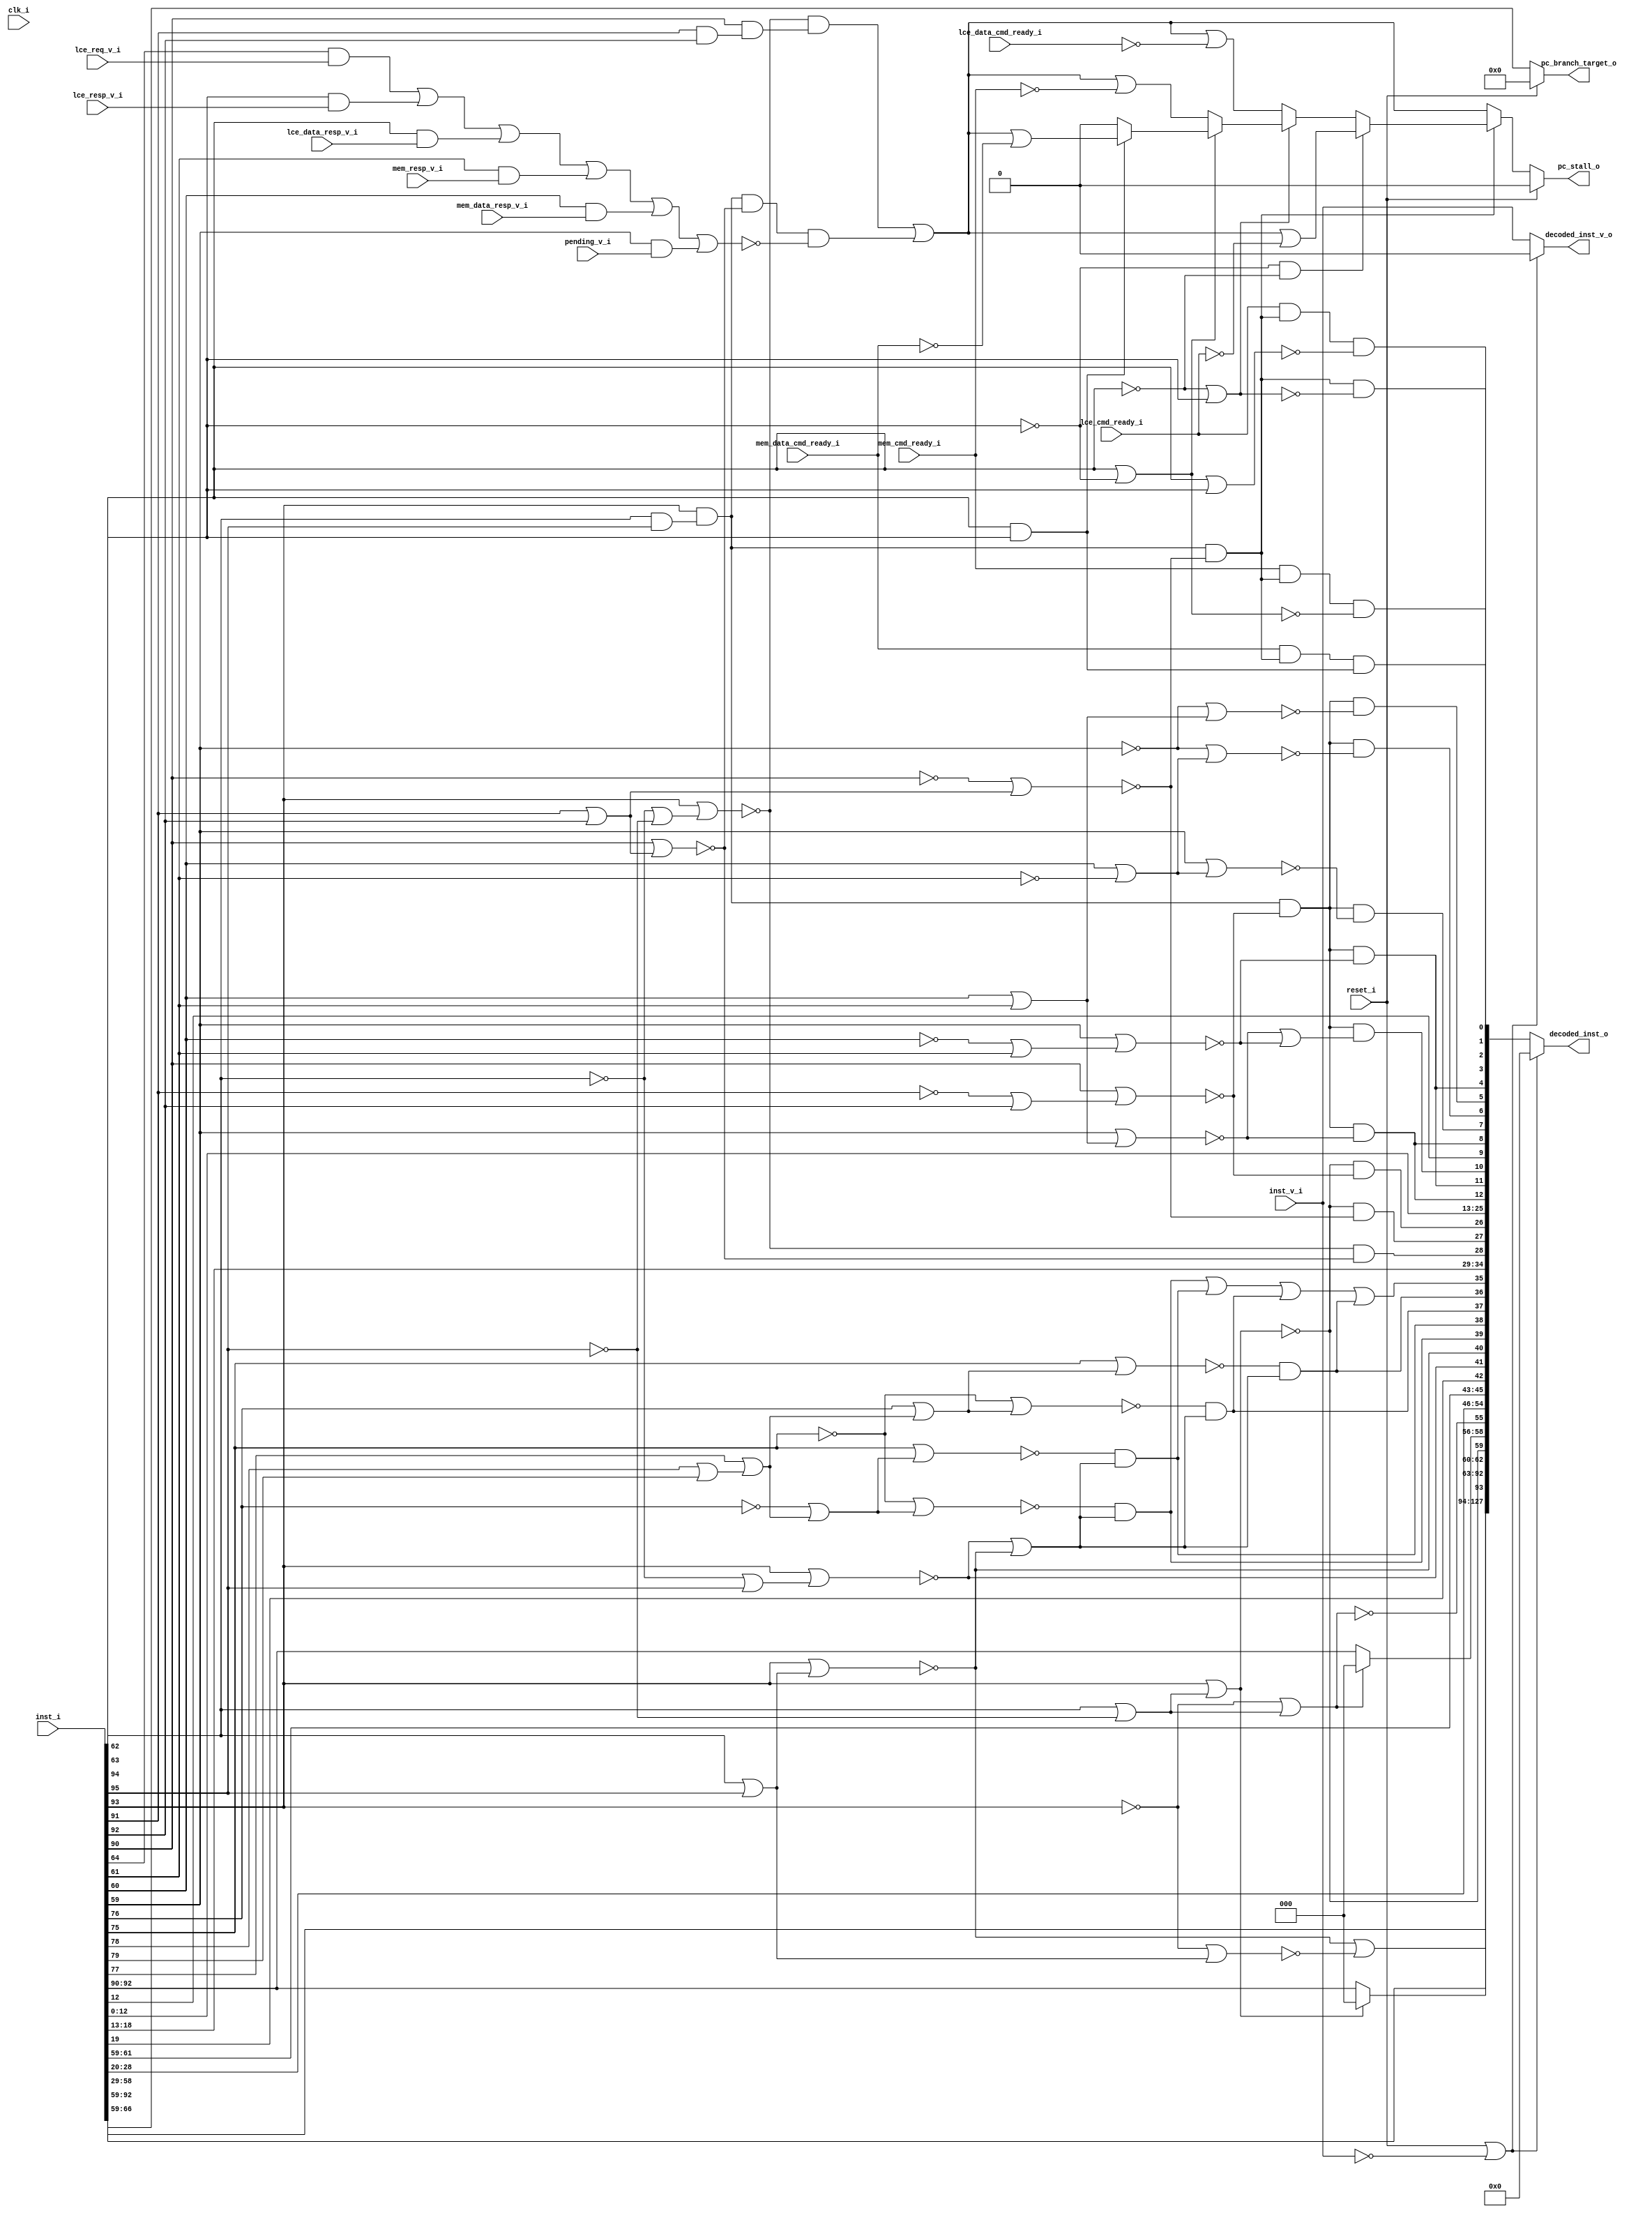
module bp_cce_inst_decode_inst_width_p96_inst_addr_width_p8
(
  clk_i,
  reset_i,
  inst_i,
  inst_v_i,
  lce_req_v_i,
  lce_resp_v_i,
  lce_data_resp_v_i,
  mem_resp_v_i,
  mem_data_resp_v_i,
  pending_v_i,
  lce_cmd_ready_i,
  lce_data_cmd_ready_i,
  mem_cmd_ready_i,
  mem_data_cmd_ready_i,
  decoded_inst_o,
  decoded_inst_v_o,
  pc_stall_o,
  pc_branch_target_o
);

  input [95:0] inst_i;
  output [127:0] decoded_inst_o;
  output [7:0] pc_branch_target_o;
  input clk_i;
  input reset_i;
  input inst_v_i;
  input lce_req_v_i;
  input lce_resp_v_i;
  input lce_data_resp_v_i;
  input mem_resp_v_i;
  input mem_data_resp_v_i;
  input pending_v_i;
  input lce_cmd_ready_i;
  input lce_data_cmd_ready_i;
  input mem_cmd_ready_i;
  input mem_data_cmd_ready_i;
  output decoded_inst_v_o;
  output pc_stall_o;
  wire [127:0] decoded_inst_o;
  wire [7:0] pc_branch_target_o;
  wire decoded_inst_v_o,pc_stall_o,N0,N1,N2,N3,N4,N5,N6,N7,N8,N9,N10,N11,N12,pushq_op,
  popq_op,N13,N14,N15,N16,N17,N18,N19,N20,N21,N22,N23,N24,N25,N26,N27,N28,N29,N30,
  N31,N32,N33,N34,N35,N36,N37,N38,N39,N40,N41,wfq_op,stall_op,wfq_q_ready,N42,N43,
  N44,N45,N46,N47,N48,N49,N50,N51,N52,N53,N54,N55,N56,N57,N58,N59,N60,N61,N62,N63,
  N64,N65,N66,N67,N68,N69,N70,N71,N72,N73,N74,N75,N76,N77,N78,N79,N80,N81,N82,N83,
  N84,N85,N86,N87,N88,N89,N90,N91,N92,N93,N94,N95,N96,N97,N98,N99,N100,N101,N102,
  N103,N104,N105,N106,N107,N108,N109,N110,N111,N112,N113,N114,N115,N116,N117,N118,
  N119,N120,N121,N122,N123,N124,N125,N126,N127,N128,N129,N130,N131,N132,N133,N134,
  N135,N136,N137,N138,N139,N140,N141,N142,N143,N144,N145,N146,N147,N148,N149,N150,
  N151,N152,N153,N154,N155;
  assign N44 = N102 & N99;
  assign N45 = inst_i[63] | N99;
  assign N47 = N102 | inst_i[62];
  assign N49 = inst_i[63] & inst_i[62];
  assign N57 = inst_i[94] | inst_i[95];
  assign N58 = inst_i[93] | N57;
  assign N59 = ~N58;
  assign N60 = ~inst_i[93];
  assign N61 = N60 | N57;
  assign N62 = ~N61;
  assign N63 = ~inst_i[95];
  assign N64 = ~inst_i[94];
  assign N65 = N64 | N63;
  assign N66 = inst_i[93] | N65;
  assign N67 = ~N66;
  assign N68 = inst_i[91] | inst_i[92];
  assign N69 = inst_i[90] | N68;
  assign N70 = ~N69;
  assign N71 = inst_i[94] | N63;
  assign N72 = inst_i[93] | N71;
  assign N73 = ~N72;
  assign N74 = ~inst_i[90];
  assign N75 = N74 | N68;
  assign N76 = ~N75;
  assign N77 = ~inst_i[91];
  assign N78 = N77 | inst_i[92];
  assign N79 = inst_i[90] | N78;
  assign N80 = ~N79;
  assign N81 = inst_i[60] | inst_i[61];
  assign N82 = inst_i[59] | N81;
  assign N83 = ~N82;
  assign N84 = ~inst_i[60];
  assign N85 = N84 | inst_i[61];
  assign N86 = inst_i[59] | N85;
  assign N87 = ~N86;
  assign N88 = ~inst_i[61];
  assign N89 = inst_i[60] | N88;
  assign N90 = inst_i[59] | N89;
  assign N91 = ~N90;
  assign N92 = ~inst_i[59];
  assign N93 = N92 | N89;
  assign N94 = ~N93;
  assign N95 = N92 | N81;
  assign N96 = ~N95;
  assign N97 = inst_i[62] | inst_i[63];
  assign N98 = ~N97;
  assign N99 = ~inst_i[62];
  assign N100 = N99 | inst_i[63];
  assign N101 = ~N100;
  assign N102 = ~inst_i[63];
  assign N103 = inst_i[62] | N102;
  assign N104 = ~N103;
  assign N105 = inst_i[62] & inst_i[63];
  assign N106 = ~inst_i[76];
  assign N107 = ~inst_i[75];
  assign N108 = inst_i[78] | inst_i[79];
  assign N109 = inst_i[77] | N108;
  assign N110 = N106 | N109;
  assign N111 = N107 | N110;
  assign N112 = ~N111;
  assign N113 = inst_i[75] | N110;
  assign N114 = ~N113;
  assign N115 = inst_i[76] | N109;
  assign N116 = N107 | N115;
  assign N117 = ~N116;
  assign N118 = inst_i[75] | N115;
  assign N119 = ~N118;
  assign N120 = N64 | inst_i[95];
  assign N121 = inst_i[93] | N120;
  assign N122 = ~N121;
  assign N123 = inst_i[94] & inst_i[95];
  assign N124 = inst_i[93] & N123;
  assign N125 = N60 | N71;
  assign N126 = ~N125;
  assign N127 = inst_i[91] & inst_i[92];
  assign N128 = inst_i[90] & N127;
  assign { N18, N17, N16 } = (N0)? inst_i[92:90] :
                             (N1)? { 1'b0, 1'b0, 1'b0 } : 1'b0;
  assign N0 = N73;
  assign N1 = N72;
  assign { N21, N20, N19 } = (N2)? inst_i[92:90] :
                             (N3)? { 1'b0, 1'b0, 1'b0 } : 1'b0;
  assign N2 = N126;
  assign N3 = N125;
  assign decoded_inst_v_o = (N4)? 1'b0 :
                            (N14)? inst_v_i : 1'b0;
  assign N4 = N13;
  assign decoded_inst_o = (N4)? { 1'b0, 1'b0, 1'b0, 1'b0, 1'b0, 1'b0, 1'b0, 1'b0, 1'b0, 1'b0, 1'b0, 1'b0, 1'b0, 1'b0, 1'b0, 1'b0, 1'b0, 1'b0, 1'b0, 1'b0, 1'b0, 1'b0, 1'b0, 1'b0, 1'b0, 1'b0, 1'b0, 1'b0, 1'b0, 1'b0, 1'b0, 1'b0, 1'b0, 1'b0, 1'b0, 1'b0, 1'b0, 1'b0, 1'b0, 1'b0, 1'b0, 1'b0, 1'b0, 1'b0, 1'b0, 1'b0, 1'b0, 1'b0, 1'b0, 1'b0, 1'b0, 1'b0, 1'b0, 1'b0, 1'b0, 1'b0, 1'b0, 1'b0, 1'b0, 1'b0, 1'b0, 1'b0, 1'b0, 1'b0, 1'b0, 1'b0, 1'b0, 1'b0, 1'b0, 1'b0, 1'b0, 1'b0, 1'b0, 1'b0, 1'b0, 1'b0, 1'b0, 1'b0, 1'b0, 1'b0, 1'b0, 1'b0, 1'b0, 1'b0, 1'b0, 1'b0, 1'b0, 1'b0, 1'b0, 1'b0, 1'b0, 1'b0, 1'b0, 1'b0, 1'b0, 1'b0, 1'b0, 1'b0, 1'b0, 1'b0, 1'b0, 1'b0, 1'b0, 1'b0, 1'b0, 1'b0, 1'b0, 1'b0, 1'b0, 1'b0, 1'b0, 1'b0, 1'b0, 1'b0, 1'b0, 1'b0, 1'b0, 1'b0, 1'b0, 1'b0, 1'b0, 1'b0, 1'b0, 1'b0, 1'b0, 1'b0, 1'b0, 1'b0 } :
                          (N14)? { inst_i[92:59], N15, inst_i[58:29], N18, N17, N16, N73, N21, N20, N19, N126, inst_i[28:20], inst_i[61:59], inst_i[19:19], N122, N59, N22, N23, N24, N25, N26, inst_i[18:13], N27, N28, N29, inst_i[12:0], N39, N40, N41, inst_i[12:12], N30, N31, N32, N33, N34, N35, N36, N37, N38 } : 1'b0;
  assign N54 = (N5)? N50 :
               (N6)? N51 :
               (N7)? N52 :
               (N8)? N53 : 1'b0;
  assign N5 = N44;
  assign N6 = N46;
  assign N7 = N48;
  assign N8 = N49;
  assign N55 = (N9)? N54 :
               (N10)? N42 : 1'b0;
  assign N9 = pushq_op;
  assign N10 = N43;
  assign pc_stall_o = (N11)? 1'b0 :
                      (N12)? N55 : 1'b0;
  assign N11 = reset_i;
  assign N12 = N56;
  assign pc_branch_target_o = (N11)? { 1'b0, 1'b0, 1'b0, 1'b0, 1'b0, 1'b0, 1'b0, 1'b0 } :
                              (N12)? inst_i[66:59] : 1'b0;
  assign pushq_op = N124 & N76;
  assign popq_op = N124 & N80;
  assign N13 = reset_i | N129;
  assign N129 = ~inst_v_i;
  assign N14 = ~N13;
  assign N15 = N59 | N62;
  assign N22 = N112 & N130;
  assign N130 = N122 | N59;
  assign N23 = N114 & N131;
  assign N131 = N122 | N59;
  assign N24 = N117 & N132;
  assign N132 = N122 | N59;
  assign N25 = N119 & N133;
  assign N133 = N122 | N59;
  assign N26 = N135 | N25;
  assign N135 = N134 | N24;
  assign N134 = N22 | N23;
  assign N27 = N67 & N70;
  assign N28 = N73 & N76;
  assign N29 = N73 & N80;
  assign N30 = popq_op & N83;
  assign N31 = popq_op & N91;
  assign N32 = popq_op & N94;
  assign N33 = popq_op & N96;
  assign N34 = popq_op & N87;
  assign N35 = N136 & N98;
  assign N136 = lce_cmd_ready_i & pushq_op;
  assign N36 = pushq_op & N101;
  assign N37 = N137 & N104;
  assign N137 = mem_cmd_ready_i & pushq_op;
  assign N38 = N138 & N105;
  assign N138 = mem_data_cmd_ready_i & pushq_op;
  assign N39 = popq_op & N83;
  assign N40 = popq_op & N87;
  assign N41 = popq_op & N139;
  assign N139 = N83 | N87;
  assign wfq_op = N124 & N70;
  assign stall_op = N67 & N128;
  assign wfq_q_ready = N148 | N149;
  assign N148 = N146 | N147;
  assign N146 = N144 | N145;
  assign N144 = N142 | N143;
  assign N142 = N140 | N141;
  assign N140 = inst_i[64] & lce_req_v_i;
  assign N141 = inst_i[63] & lce_resp_v_i;
  assign N143 = inst_i[62] & lce_data_resp_v_i;
  assign N145 = inst_i[61] & mem_resp_v_i;
  assign N147 = inst_i[60] & mem_data_resp_v_i;
  assign N149 = inst_i[59] & pending_v_i;
  assign N42 = stall_op | N151;
  assign N151 = wfq_op & N150;
  assign N150 = ~wfq_q_ready;
  assign N43 = ~pushq_op;
  assign N46 = ~N45;
  assign N48 = ~N47;
  assign N50 = N42 | N152;
  assign N152 = ~lce_cmd_ready_i;
  assign N51 = N42 | N153;
  assign N153 = ~lce_data_cmd_ready_i;
  assign N52 = N42 | N154;
  assign N154 = ~mem_cmd_ready_i;
  assign N53 = N42 | N155;
  assign N155 = ~mem_data_cmd_ready_i;
  assign N56 = ~reset_i;

endmodule